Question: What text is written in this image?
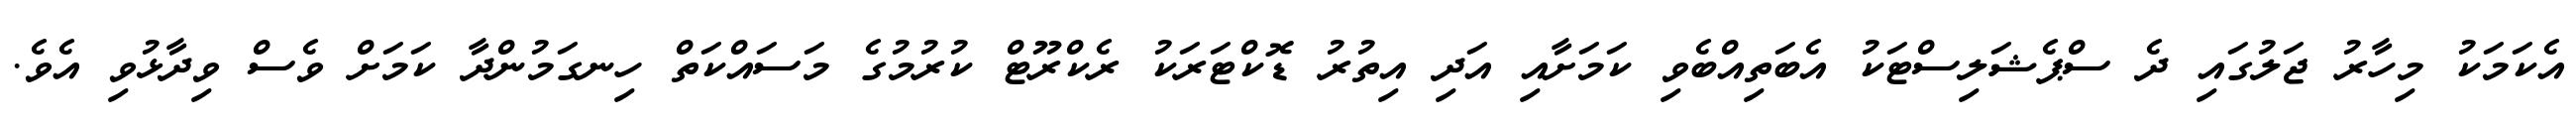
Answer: އެކަމަކު މިހާރު ޖަލުގައި ދެ ސްޕެޝަލިސްޓަކު އެބަތިއްބެވި ކަމަށާއި އަދި އިތުރު ޑޮކްޓަރަކު ރެކްރޫޓް ކުރުމުގެ މަސައްކަތް ހިނގަމުންދާ ކަމަށް ވެސް ވިދާޅުވި އެވެ.